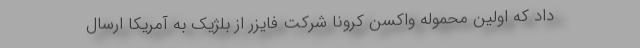
داد که اولین محموله واکسن کرونا شرکت فایزر از بلژیک به آمریکا ارسال